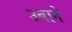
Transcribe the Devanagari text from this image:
उबाने